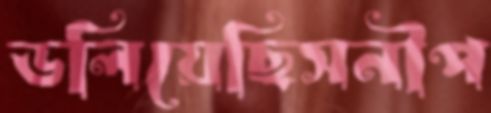
ডলিয়েছিসনীপ